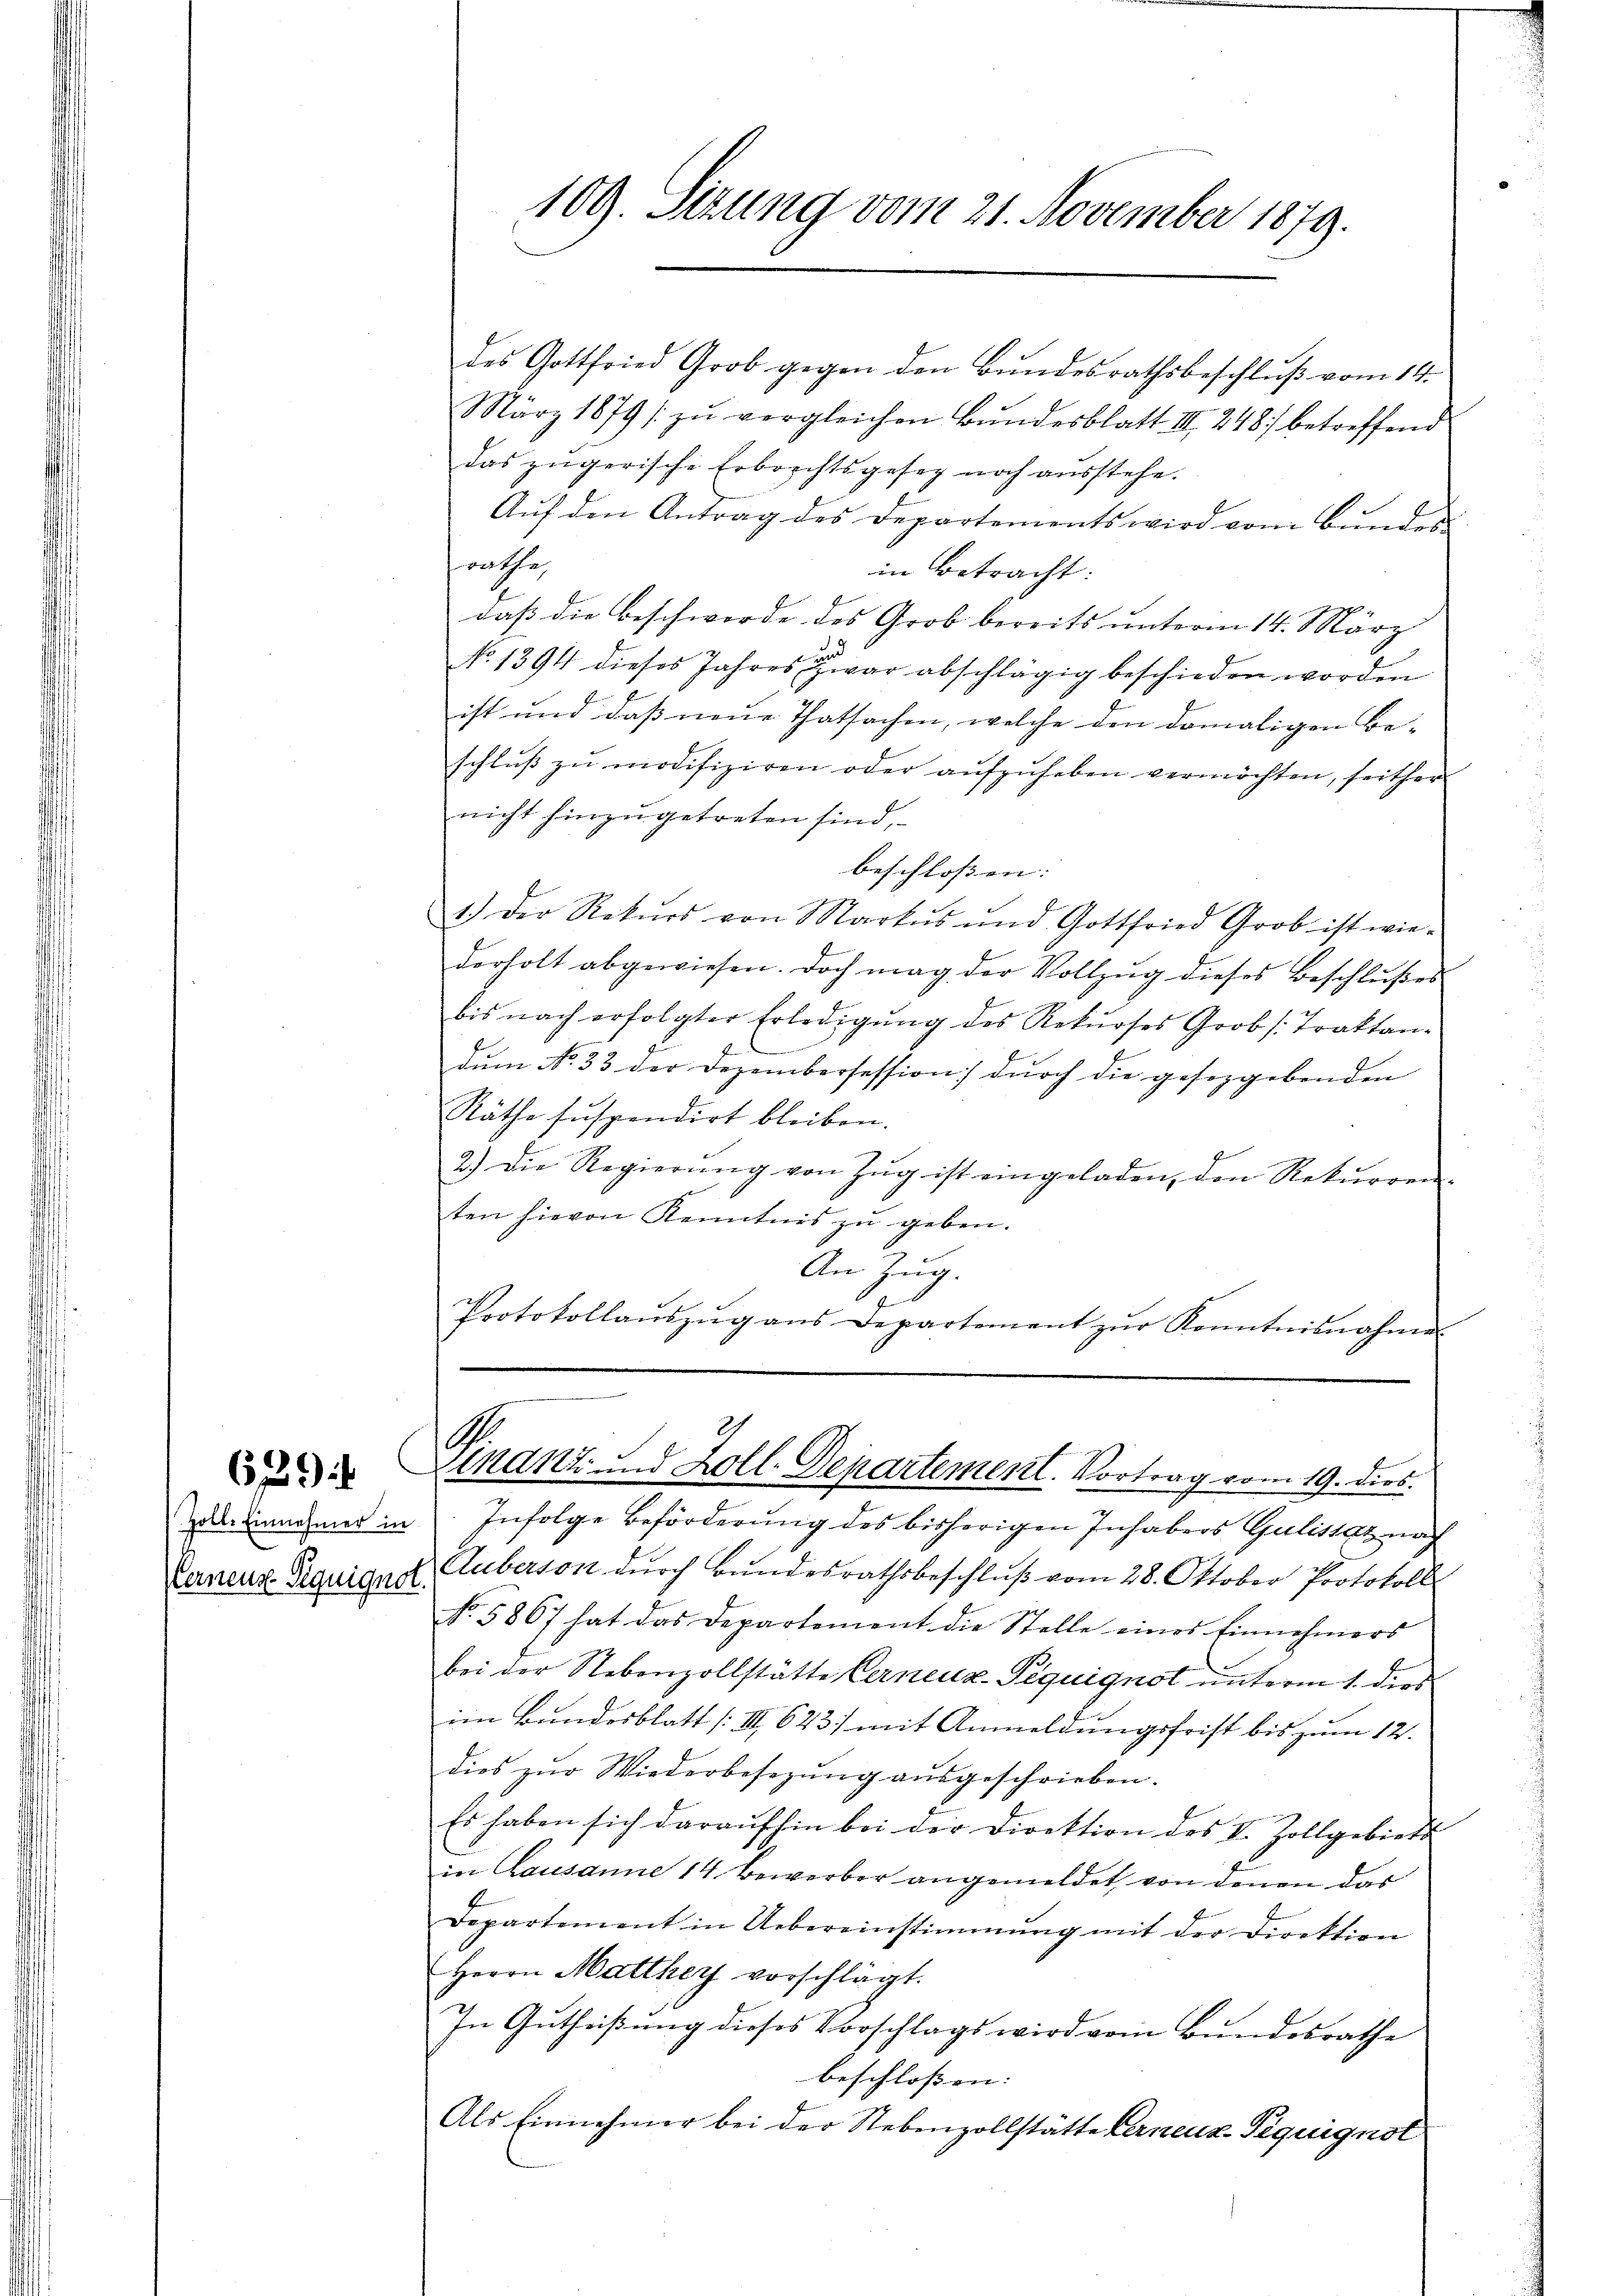
629

lernenz Sequignol.

109. Sizung vom 21. November 1879.

des Gottfried Grob gegen den Bŭndesrathsbeschlŭβ vom 14.
März 1879 / zŭ vergleichen Bŭndesblatt III 248. betreffend
das zugerische Erbrechtsgesez noch ausstehe.
Aŭf den Antrag des Departements wird vom Bŭndes-
rathe
in Betracht:
daß die Beschwerde des Grob bereits unterm 14. März
No 1394 dieses Jahres zwar abschlägig beschieden worden
ist und das neue Thatsachen, welche den damaligen Be-
schlŭβ zŭ modifiziren oder aŭfzŭheben vermöchten, seither
nicht hinzugetreten sind,
beschlossen: |
1.) Der Rekŭrs von Markŭs ŭnd Gottfried Grob ist wie-
derholt abgewiesen. Doch mag der Vollzŭg dieses Beschlŭβes
bis nach erfolgter Erledigŭng des Rekŭrses Grob straktan-
dum No 33 der Dezembersession) durch die gesezgebenden
Räthe suspendirt bleiben.
2.) Die Regierŭng von Zŭg ist eingeladen, den Rekŭrren-
ten hievon Kenntnis zu geben.
An Zug.
Protokollaŭszŭg ans Departement zŭr Kenntnisnahme

der Einnahmer in Infolge Beförderung des bisherigen Inhabers Gulissaz nach
Auberson dŭrch Bŭndesrathsbeschlŭβ vom 28. Oktober Protokoll
No. 5867 hat das Departement die Stelle eines Einnehmers
bei der Nebenzollstätte Cerneuz-Piquignot unterm 1. ders
im Bundesblatt (III 623 mit Anmeldungsfrist bis zum 12.
dies zur Wiederbesezung ausgeschrieben.
Es haben sich daraufhin bei der Direktion des V. Zollgebiets
in Lausanne 14 Bewerber angemeldet, von denen das
Departement in Uebereinstimmung mit der Direktion
Herrn Matthey vorschlägt.
In Gutheißung dieses Vorschlags wird vom Bundesrathe
beschlossen:
Als Einnehmer bei der Nebenzollstätte Ferneuz-Piquignst

A
n
Unant und Zoll-Departement. Vortrag vom 19. dies.